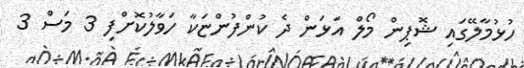
ހުޅުމާލޭގައި ޝޮޕިން މޯލް އަޅަން ދެ ކުންފުންޏަކާ ހަވާލުކޮށްފި 3 މަސް 3